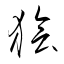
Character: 獪